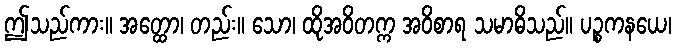
ဤသည်ကား။ အတ္ထော၊ တည်း။ သော၊ ထိုအဝိတက္က အဝိစာရ သမာဓိသည်။ ပဉ္စကနယေ၊